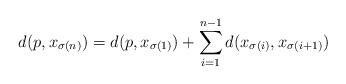
LaTeX: \begin{align*}d(p, x_{\sigma(n)})=d(p, x_{\sigma(1)})+\sum_{i=1}^{n-1} d(x_{\sigma(i)}, x_{\sigma(i+1)}) \end{align*}